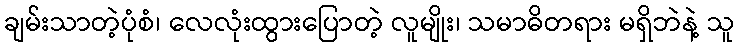
ချမ်းသာတဲ့ပုံစံ၊ လေလုံးထွားပြောတဲ့ လူမျိုး၊ သမာဓိတရား မရှိဘဲနဲ့ သူ